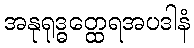
အနုရုဒ္ဓတ္ထေရအပဒါနံ